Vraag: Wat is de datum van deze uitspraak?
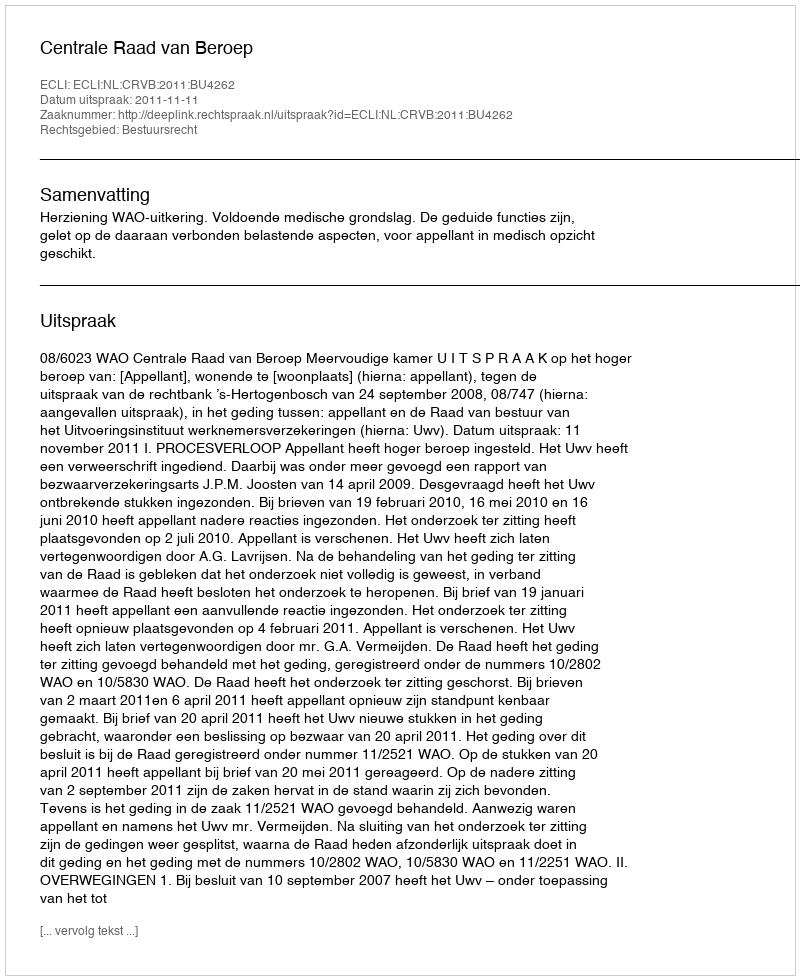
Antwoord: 2011-11-11